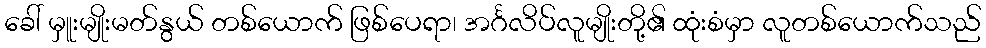
ခေါ် မှူးမျိုးမတ်နွယ် တစ်ယောက် ဖြစ်ပေရာ၊ အင်္ဂလိပ်လူမျိုးတို့၏ ထုံးစံမှာ လူတစ်ယောက်သည်